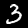
Label: 3